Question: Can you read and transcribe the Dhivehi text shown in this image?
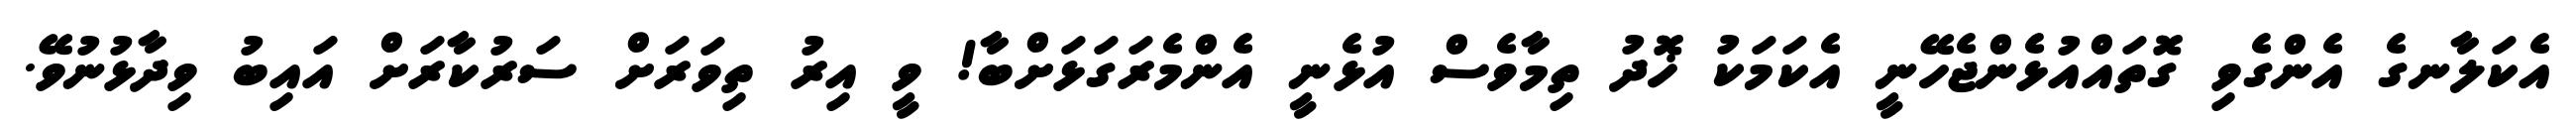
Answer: އެކަލާނގެ އެންގެވި ގޮތައްއުޅެންޖެހޭނީ އެކަމަކު ޚޮދު ތިމާވެސް އުޅެނީ އެންމެރަގަޅަށްބާ! ވީ އިރު ތިވަރަށް ސަރުކާރަށް އައިބު ވިދާޅުނުވޭ.